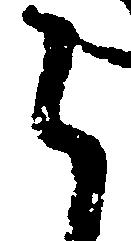
く